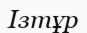
Ізтұр